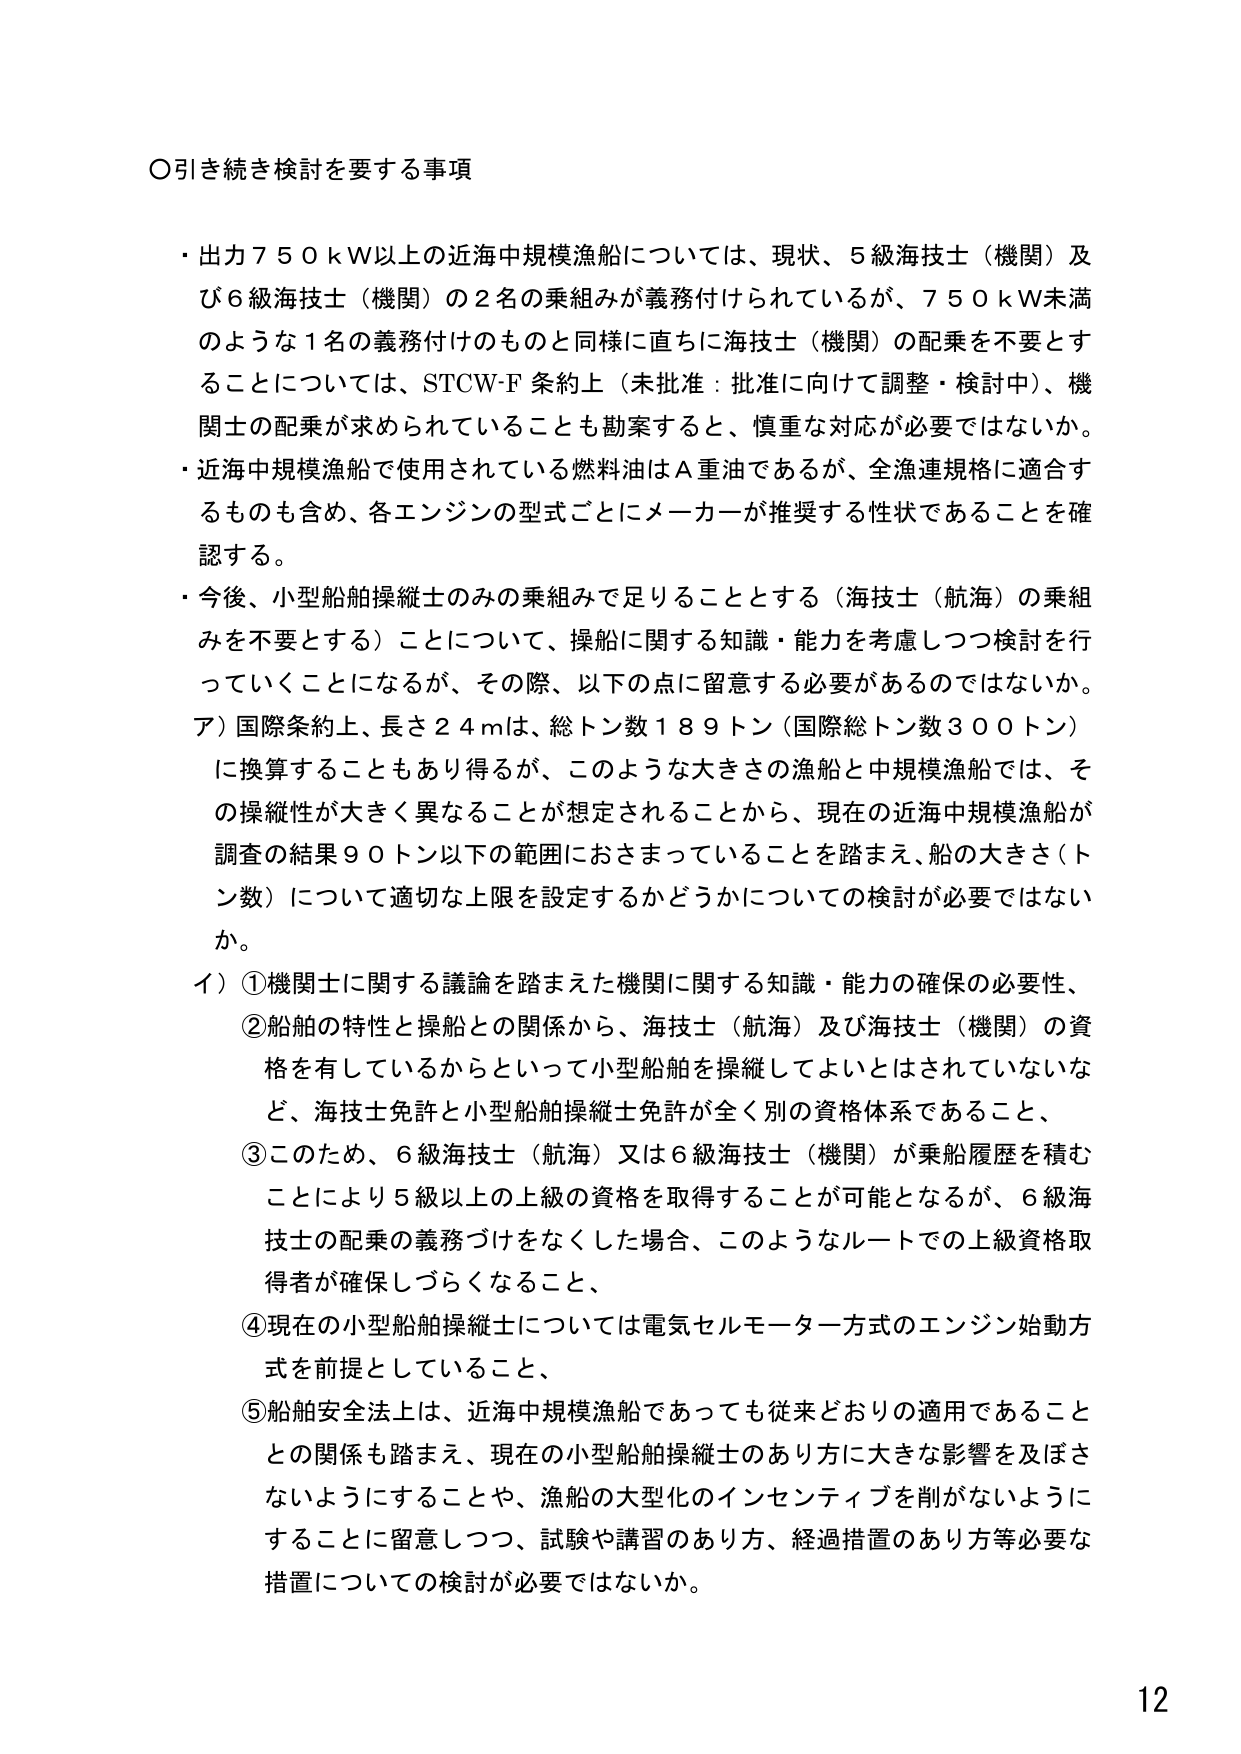
○引き続き検討を要する事項

・出力７５０ｋＷ以上の近海中規模漁船については、現状、５級海技士（機関）及び６級海技士（機関）の２名の乗組みが義務付けられているが、７５０ｋＷ未満のような１名の義務付けのものと同様に直ちに海技士（機関）の配乗を不要とすることについては、STCW-F 条約上（未批准：批准に向けて調整・検討中）、機関士の配乗が求められていることも勘案すると、慎重な対応が必要ではないか。

・近海中規模漁船で使用されている燃料油はＡ重油であるが、全漁連規格に適合するものも含め、各エンジンの型式ごとにメーカーが推奨する性状であることを確認する。

・今後、小型船舶操縦士のみの乗組みで足りることとする（海技士（航海）の乗組みを不要とする）ことについて、操船に関する知識・能力を考慮しつつ検討を行っていくことになるが、その際、以下の点に留意する必要があるのではないか。

ア）国際条約上、長さ２４ｍは、総トン数１８９トン（国際総トン数３００トン）に換算することもあり得るが、このような大きさの漁船と中規模漁船では、その操縦性が大きく異なることが想定されることから、現在の近海中規模漁船が調査の結果９０トン以下の範囲におさまっていることを踏まえ、船の大きさ（トン数）について適切な上限を設定するかどうかについての検討が必要ではないか。

イ）①機関士に関する議論を踏まえた機関に関する知識・能力の確保の必要性、
②船舶の特性と操船との関係から、海技士（航海）及び海技士（機関）の資格を有しているからといって小型船舶を操縦してよいとはされていないなど、海技士免許と小型船舶操縦士免許が全く別の資格体系であること、
③このため、６級海技士（航海）又は６級海技士（機関）が乗船履歴を積むことにより５級以上の上級の資格を取得することが可能となるが、６級海技士の配乗の義務づけをなくした場合、このようなルートでの上級資格取得者が確保しづらくなること、
④現在の小型船舶操縦士については電気セルモーター方式のエンジン始動方式を前提としていること、
⑤船舶安全法上は、近海中規模漁船であっても従来どおりの適用であることとの関係も踏まえ、現在の小型船舶操縦士のあり方に大きな影響を及ぼさないようにすることや、漁船の大型化のインセンティブを削がないようにすることに留意しつつ、試験や講習のあり方、経過措置のあり方等必要な措置についての検討が必要ではないか。

12